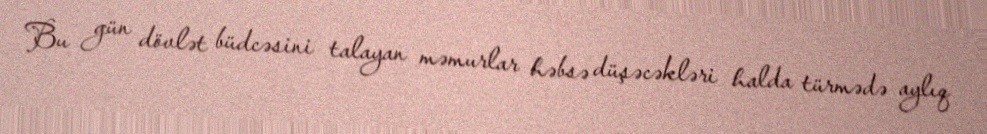
Bu gün dövlət büdcəsini talayan məmurlar həbsə düşəcəkləri halda türmədə aylıq